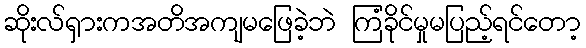
ဆိုးလ်ရှားကအတိအကျမဖြေခဲ့ဘဲ ကြံခိုင်မှုမပြည့်ရင်တော့